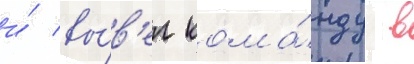
и́ вы́в'ел кома́нду в